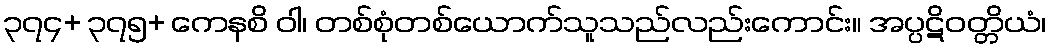
၃၇၄+ ၃၇၅+ ကေနစိ ဝါ၊ တစ်စုံတစ်ယောက်သူသည်လည်းကောင်း။ အပ္ပဋိဝတ္တိယံ၊